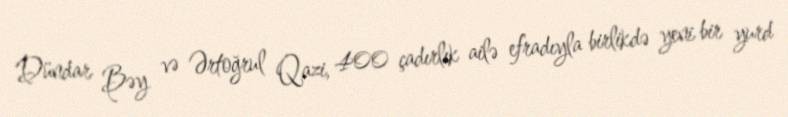
Dündar Bəy və Ərtoğrul Qazi, 400 çadırlık ailə efradıyla birlikdə yeni bir yurd